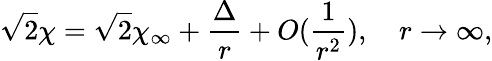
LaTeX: \sqrt{2}\chi=\sqrt{2}\chi_{\infty}+\frac{\Delta}{r}+O(\frac{1}{r^{2}}),\quad r\rightarrow\infty,